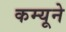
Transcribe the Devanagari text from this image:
कम्यूने